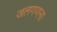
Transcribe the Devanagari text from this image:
जलगणना